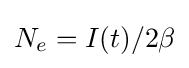
N_{e}=I(t)/2\beta